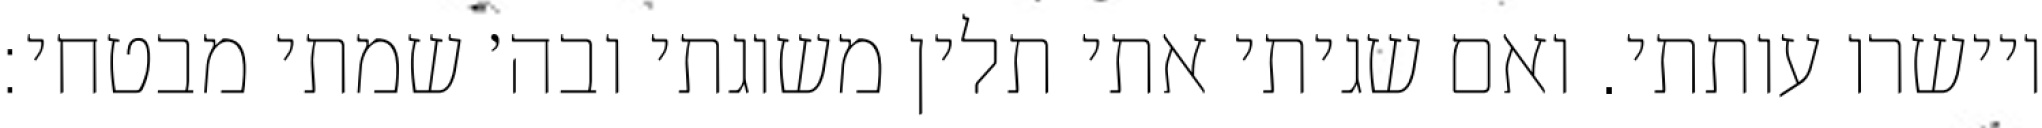
ויישרו עותתי. ואם שגיתי אתי תלין משוגתי ובה׳ שמתי מבטחי: